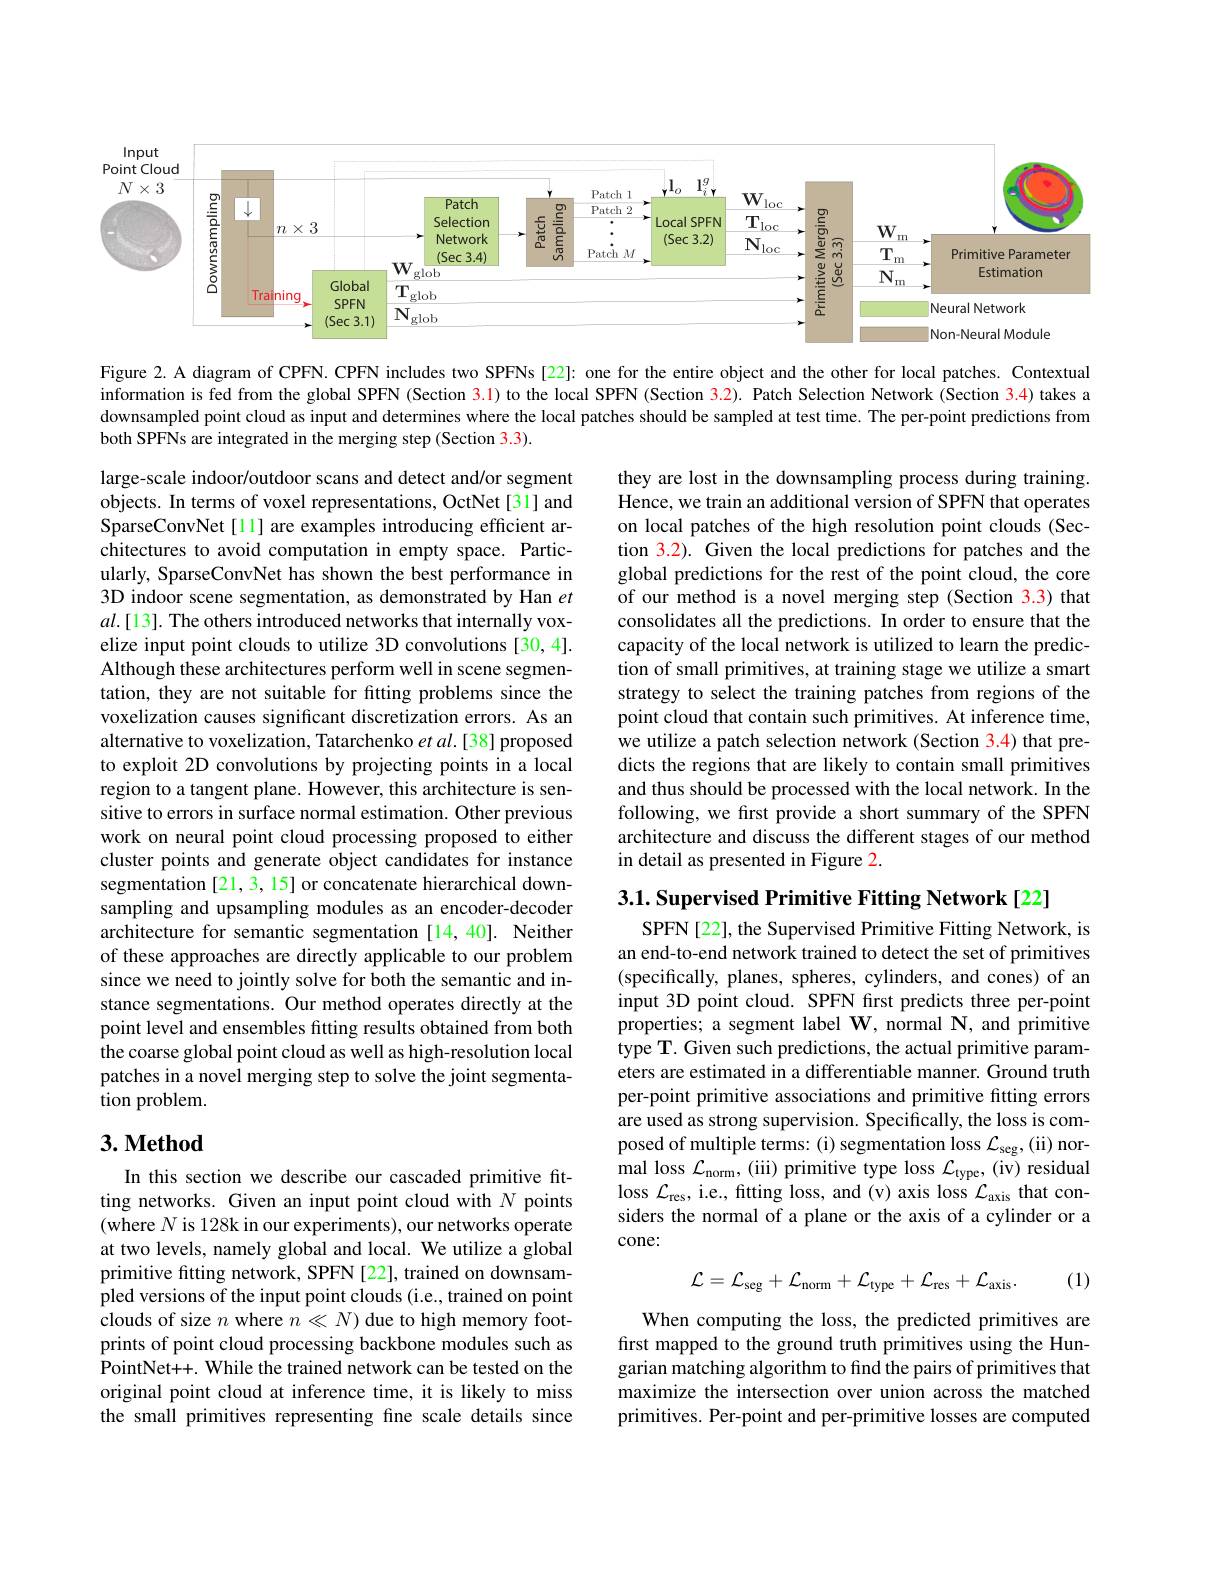
<FigureHere>

Figure 2. A diagram of CPFN. CPFN includes two SPFNs[22]: one for the entire object and the other for local patches. Contextual information is fed from the global SPFN (Section 3.1) to the local SPFN (Section 3.2). Patch Selection Network (Section 3.4) takes a downsampled point cloud as input and determines where the local patches should be sampled at test time. The per-point predictions from both SPFNs are integrated in the merging step (Section 3.3).

they are lost in the downsampling process during training. Hence, we train an additional version of SPFN that operates on local patches of the high resolution point clouds (Section 3.2). Given the local predictions for patches and the global predictions for the rest of the point cloud, the core of our method is a novel merging step (Section 3.3) that consolidates all the predictions. In order to ensure that the capacity of the local network is utilized to learn the prediction of small primitives, at training stage we utilize a smart strategy to select the training patches from regions of the point cloud that contain such primitives. At inference time, we utilize a patch selection network (Section 3.4) that predicts the regions that are likely to contain small primitives and thus should be processed with the local network. In the following, we first provide a short summary of the SPFN architecture and discuss the different stages of our method in detail as presented in Figure 2.

large-scale indoor/outdoor scans and detect and/or segment objects. In terms of voxel representations, OctNet [31] and SparseConvNet[l] are examples introducing efficient architectures to avoid computation in empty space. Particularly, SparseConvNet has shown the best performance in 3D indoor scene segmentation, as demonstrated by Han $et$ $al.[13].$ The others introduced networks that internally voxelize input point clouds to utilize 3D convolutions [30,4]. Although these architectures perform well in scene segmentation, they are not suitable for fitting problems since the voxelization causes significant discretization errors. As an alternative to voxelization, Tatarchenko $etal.[38]$ proposed to exploit 2D convolutions by projecting points in a local region to a tangent plane. However, this architecture is sensitive to errors in surface normal estimation. Other previous work on neural point cloud processing proposed to either cluster points and generate object candidates for instance segmentation [21,3,15] or concatenate hierarchical downsampling and upsampling modules as an encoder-decoder architecture for semantic segmentation [14,40]. Neither of these approaches are directly applicable to our problem since we need to jointly solve for both the semantic and instance segmentations. Our method operates directly at the point level and ensembles fitting results obtained from both the coarse global point cloud as well as high-resolution local patches in a novel merging step to solve the joint segmentation problem.

3.1. Supervised Primitive Fitting Network[22]

SPFN [22], the Supervised Primitive Fitting Network, is an end-to-end network trained to detect the set of primitives (specifically, planes, spheres, cylinders, and cones) of an input 3D point cloud. SPFN frst predicts three per-point properties; a segment label $\mathbf{W} , \hat{\text{normal N, and primitive}}$ type T. Given such predictions, the actual primitive parameters are estimated in a differentiable manner. Ground truth per-point primitive associations and primitive fitting errors are used as strong supervision. Specifically, the loss is composed of multiple terms: (i) segmentation loss $\mathcal{L}_\mathrm{seg}$,(ii) normal loss $\mathcal{L}_\mathrm{norm}$, (iii) primitive type loss $\mathcal{L}_\mathrm{type}$, (iv) residual loss $\mathcal{L}_\mathrm{res}$, i.e., fitting loss, and (v) axis loss $\mathcal{L}_\mathrm{axis}$ that considers the normal of a plane or the axis of a cylinder or a cone:

### $3. \textbf{Method}$
$$\mathcal{L}=\mathcal{L}_{\mathrm{seg}}+\mathcal{L}_{\mathrm{norm}}+\mathcal{L}_{\mathrm{type}}+\mathcal{L}_{\mathrm{res}}+\mathcal{L}_{\mathrm{axis}}.$$
(1)

In this section we describe our cascaded primitive fitting networks. Given an input point cloud with $N$ points $(\tilde{\text{where }N}$ is 128k in our experiments), our networks operate at two levels, namely global and local. We utilize a global primitive fitting network, SPFN [22], trained on downsampled versions of the input point clouds (i.e., trained on point clouds of size $n$ where $n\ll N)$ due to high memory footprints of point cloud processing backbone modules such as PointNet++. While the trained network can be tested on the original point cloud at inference time, it is likely to miss the small primitives representing fine scale details since

When computing the loss, the predicted primitives are first mapped to the ground truth primitives using the Hungarian matching algorithm to find the pairs of primitives that maximize the intersection over union across the matched primitives. Per-point and per-primitive losses are computed